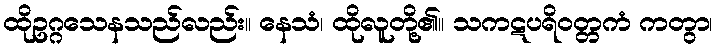
ထိုဥဂ္ဂသေနသည်လည်း။ နေသံ၊ ထိုလူတို့၏။ သကဋပရိဝတ္တကံ ကတွာ၊